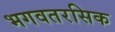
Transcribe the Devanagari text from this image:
भगवतरसिक